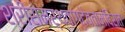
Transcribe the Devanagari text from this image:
श्रीसमर्थवाग्देवतामंदिरात